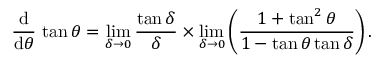
{ \frac { \operatorname { d } } { \operatorname { d } \! \theta } } \, \tan \theta = \operatorname* { l i m } _ { \delta \to 0 } { \frac { \tan \delta } { \delta } } \times \operatorname* { l i m } _ { \delta \to 0 } \left( { \frac { 1 + \tan ^ { 2 } \theta } { 1 - \tan \theta \tan \delta } } \right) .